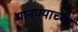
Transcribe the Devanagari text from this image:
मानण्याच्या